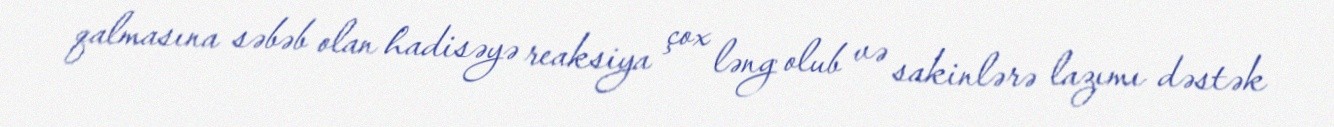
qalmasına səbəb olan hadisəyə reaksiya çox ləng olub və sakinlərə lazımı dəstək